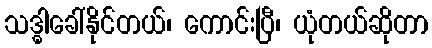
သဒ္ဓါခေါ်နိုင်တယ်၊ ကောင်းပြီ၊ ယုံတယ်ဆိုတာ